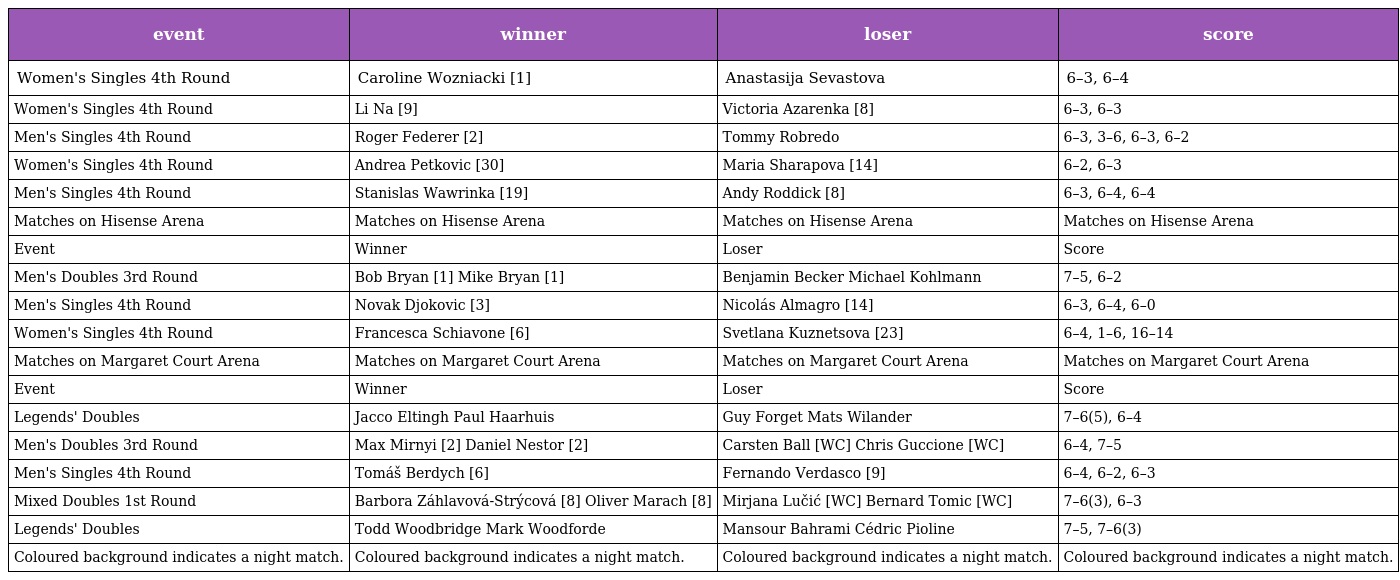
| event | winner | loser | score |
 | --- | --- | --- | --- |
 | Women's Singles 4th Round | Caroline Wozniacki [1] | Anastasija Sevastova | 6–3, 6–4 |
 | Women's Singles 4th Round | Li Na [9] | Victoria Azarenka [8] | 6–3, 6–3 |
 | Men's Singles 4th Round | Roger Federer [2] | Tommy Robredo | 6–3, 3–6, 6–3, 6–2 |
 | Women's Singles 4th Round | Andrea Petkovic [30] | Maria Sharapova [14] | 6–2, 6–3 |
 | Men's Singles 4th Round | Stanislas Wawrinka [19] | Andy Roddick [8] | 6–3, 6–4, 6–4 |
 | Matches on Hisense Arena | Matches on Hisense Arena | Matches on Hisense Arena | Matches on Hisense Arena |
 | Event | Winner | Loser | Score |
 | Men's Doubles 3rd Round | Bob Bryan [1] Mike Bryan [1] | Benjamin Becker Michael Kohlmann | 7–5, 6–2 |
 | Men's Singles 4th Round | Novak Djokovic [3] | Nicolás Almagro [14] | 6–3, 6–4, 6–0 |
 | Women's Singles 4th Round | Francesca Schiavone [6] | Svetlana Kuznetsova [23] | 6–4, 1–6, 16–14 |
 | Matches on Margaret Court Arena | Matches on Margaret Court Arena | Matches on Margaret Court Arena | Matches on Margaret Court Arena |
 | Event | Winner | Loser | Score |
 | Legends' Doubles | Jacco Eltingh Paul Haarhuis | Guy Forget Mats Wilander | 7–6(5), 6–4 |
 | Men's Doubles 3rd Round | Max Mirnyi [2] Daniel Nestor [2] | Carsten Ball [WC] Chris Guccione [WC] | 6–4, 7–5 |
 | Men's Singles 4th Round | Tomáš Berdych [6] | Fernando Verdasco [9] | 6–4, 6–2, 6–3 |
 | Mixed Doubles 1st Round | Barbora Záhlavová-Strýcová [8] Oliver Marach [8] | Mirjana Lučić [WC] Bernard Tomic [WC] | 7–6(3), 6–3 |
 | Legends' Doubles | Todd Woodbridge Mark Woodforde | Mansour Bahrami Cédric Pioline | 7–5, 7–6(3) |
 | Coloured background indicates a night match. | Coloured background indicates a night match. | Coloured background indicates a night match. | Coloured background indicates a night match. |